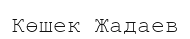
Көшек Жадаев